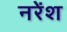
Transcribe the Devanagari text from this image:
नरेंश